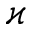
\varkappa